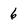
Character: 6